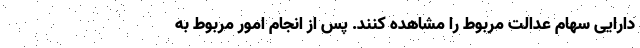
دارایی سهام عدالت مربوط را مشاهده کنند. پس از انجام امور مربوط به